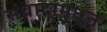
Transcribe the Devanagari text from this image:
संवादामधून